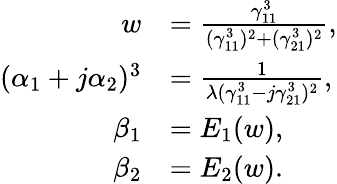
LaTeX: \begin{array}{rl}{w}&{=\frac{\gamma_{11}^{3}}{(\gamma_{11}^{3})^{2}+(\gamma_{21}^{3})^{2}},}\\ {(\alpha_{1}+j\alpha_{2})^{3}}&{=\frac{1}{\lambda(\gamma_{11}^{3}-j\gamma_{21}^{3})^{2}},}\\ {\beta_{1}}&{=E_{1}(w),}\\ {\beta_{2}}&{=E_{2}(w).}\end{array}